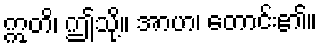
ဣတိ၊ ဤသို့။ အာဟ၊ တောင်း၏။